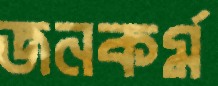
জনকর্ম